Civil Veterinary Dept. North-West Frontier Province 1923-32 - 1923-1932
Year: 1923
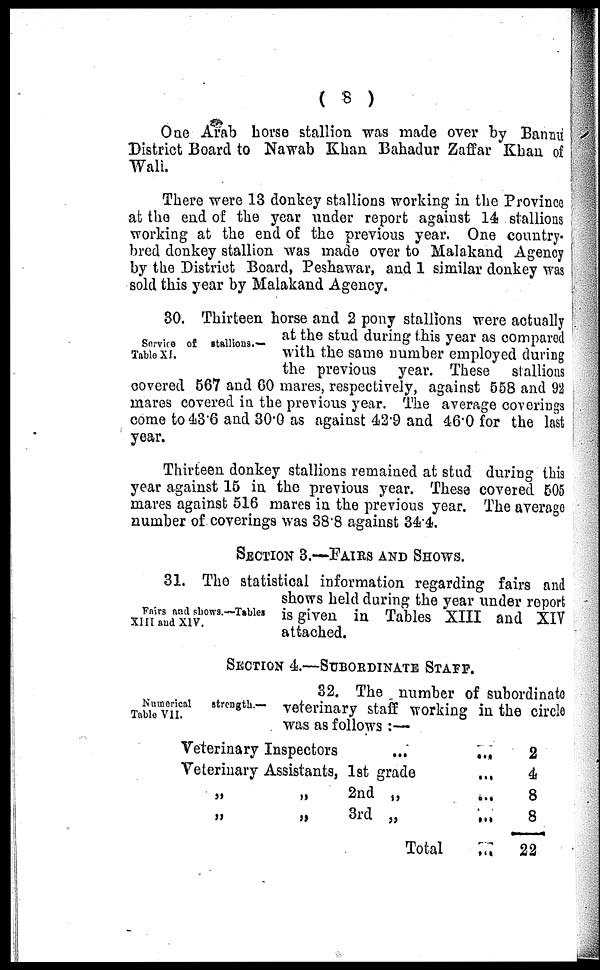
( 8 )
One Arab horse stallion was made over by Bannu
District Board to Nawab Khan Bahadur Zaffar Khan of
Wali.
There were 13 donkey stallions working in the Province
at the end of the year under report against 14 stallions
working at the end of the previous year. One country
bred donkey stallion was made over to Malakand Agency
by the District Board, Peshawar, and 1 similar donkey was
sold this year by Malakand Agency.
Service of stallions.—
Table XI.
30. Thirteen horse and 2 pony stallions were actually
at the stud during this year as compared
with the same number employed during
the previous year. These stallions
covered 567 and 60 mares, respectively, against 558 and 92
mares covered in the previous year. The average coverings
come to 43.6 and 30.0 as against 42.9 and 46.0 for the last
year.
Thirteen donkey stallions remained at stud during this
year against 15 in the previous year. These covered 505
mares against 516 mares in the previous year. The average
number of. coverings was 38.8 against 34.4.
SECTION 3.—PAIRS AND SHOWS.
Fairs and shows.—Tables
XIII and XIV.
31. The statistical information regarding fairs and
shows held during the year under report
is given in Tables XIII and XIV
attached.
SECTION 4.—SUBORDINATE STAFF.
Numerical
strength.—
Table VII.
32. The number of subordinate
veterinary staff working in the circle
was as follows:—
Veterinary Inspectors ...
Veterinary Assistants, 1st grade
„
„
2nd „
„
„
3rd „
Total
...
...
...
...
...
2
4
8
8
22